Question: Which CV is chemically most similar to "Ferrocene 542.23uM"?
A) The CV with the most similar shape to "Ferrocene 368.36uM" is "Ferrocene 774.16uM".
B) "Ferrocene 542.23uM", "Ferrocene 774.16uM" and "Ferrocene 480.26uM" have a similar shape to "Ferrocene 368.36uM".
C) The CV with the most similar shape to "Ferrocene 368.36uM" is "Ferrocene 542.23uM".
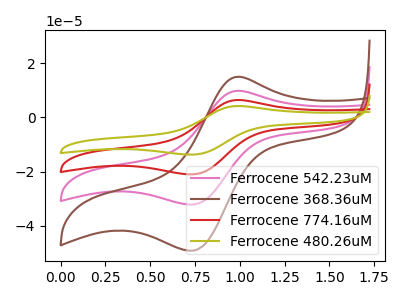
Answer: <think>The pink curve "Ferrocene 542.23uM" has an anodic peak at (1.00V, 9.75uA) and a cathodic peak at (0.75V, -32.10uA). The brown curve "Ferrocene 368.36uM" has an anodic peak at (1.00V, 14.95uA) and a cathodic peak at (0.75V, -49.10uA). The red curve "Ferrocene 774.16uM" has an anodic peak at (1.00V, 19.55uA) and a cathodic peak at (0.75V, -64.20uA). The olive curve "Ferrocene 480.26uM" has an anodic peak at (1.00V, 29.30uA) and a cathodic peak at (0.75V, -96.30uA).
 All the peaks in "Ferrocene 542.23uM" have a peak in "Ferrocene 368.36uM" at the same potential. Every peak in "Ferrocene 542.23uM" is lower than every peak in "Ferrocene 368.36uM". All the peaks in "Ferrocene 542.23uM" have a peak in "Ferrocene 774.16uM" at the same potential. Every peak in "Ferrocene 542.23uM" is lower than every peak in "Ferrocene 774.16uM". All the peaks in "Ferrocene 542.23uM" have a peak in "Ferrocene 480.26uM" at the same potential. Every peak in "Ferrocene 542.23uM" is lower than every peak in "Ferrocene 480.26uM". All the peaks in "Ferrocene 368.36uM" have a peak in "Ferrocene 774.16uM" at the same potential. Every peak in "Ferrocene 368.36uM" is lower than every peak in "Ferrocene 774.16uM". All the peaks in "Ferrocene 368.36uM" have a peak in "Ferrocene 480.26uM" at the same potential. Every peak in "Ferrocene 368.36uM" is lower than every peak in "Ferrocene 480.26uM". All the peaks in "Ferrocene 774.16uM" have a peak in "Ferrocene 480.26uM" at the same potential. Every peak in "Ferrocene 774.16uM" is lower than every peak in "Ferrocene 480.26uM".</think>
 <answer>B) "Ferrocene 542.23uM", "Ferrocene 774.16uM" and "Ferrocene 480.26uM" have a similar shape to "Ferrocene 368.36uM".</answer>
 <eval>B</eval>